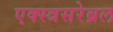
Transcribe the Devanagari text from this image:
एक्स्त्रसरेब्रल